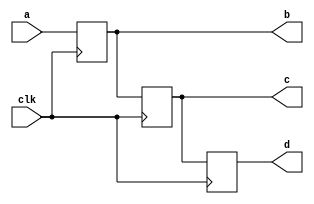

module blocking (
    input a,
    input clk,
    output reg b,
    output reg c,
    output reg d
);

    // not recommended:
    always @ (posedge clk) begin
        d = c;
        c = b;
        b = a;
    end

    // recommended:
    // always @ (posedge clk) begin
    //     d <= c;
    //     c <= b;
    //     b <= a;
    // end

endmodule